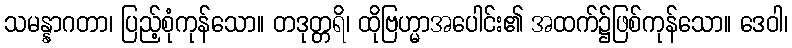
သမန္နာဂတာ၊ ပြည့်စုံကုန်သော။ တဒုတ္တရိ၊ ထိုဗြဟ္မာအပေါင်း၏ အထက်၌ဖြစ်ကုန်သော။ ဒေဝါ၊